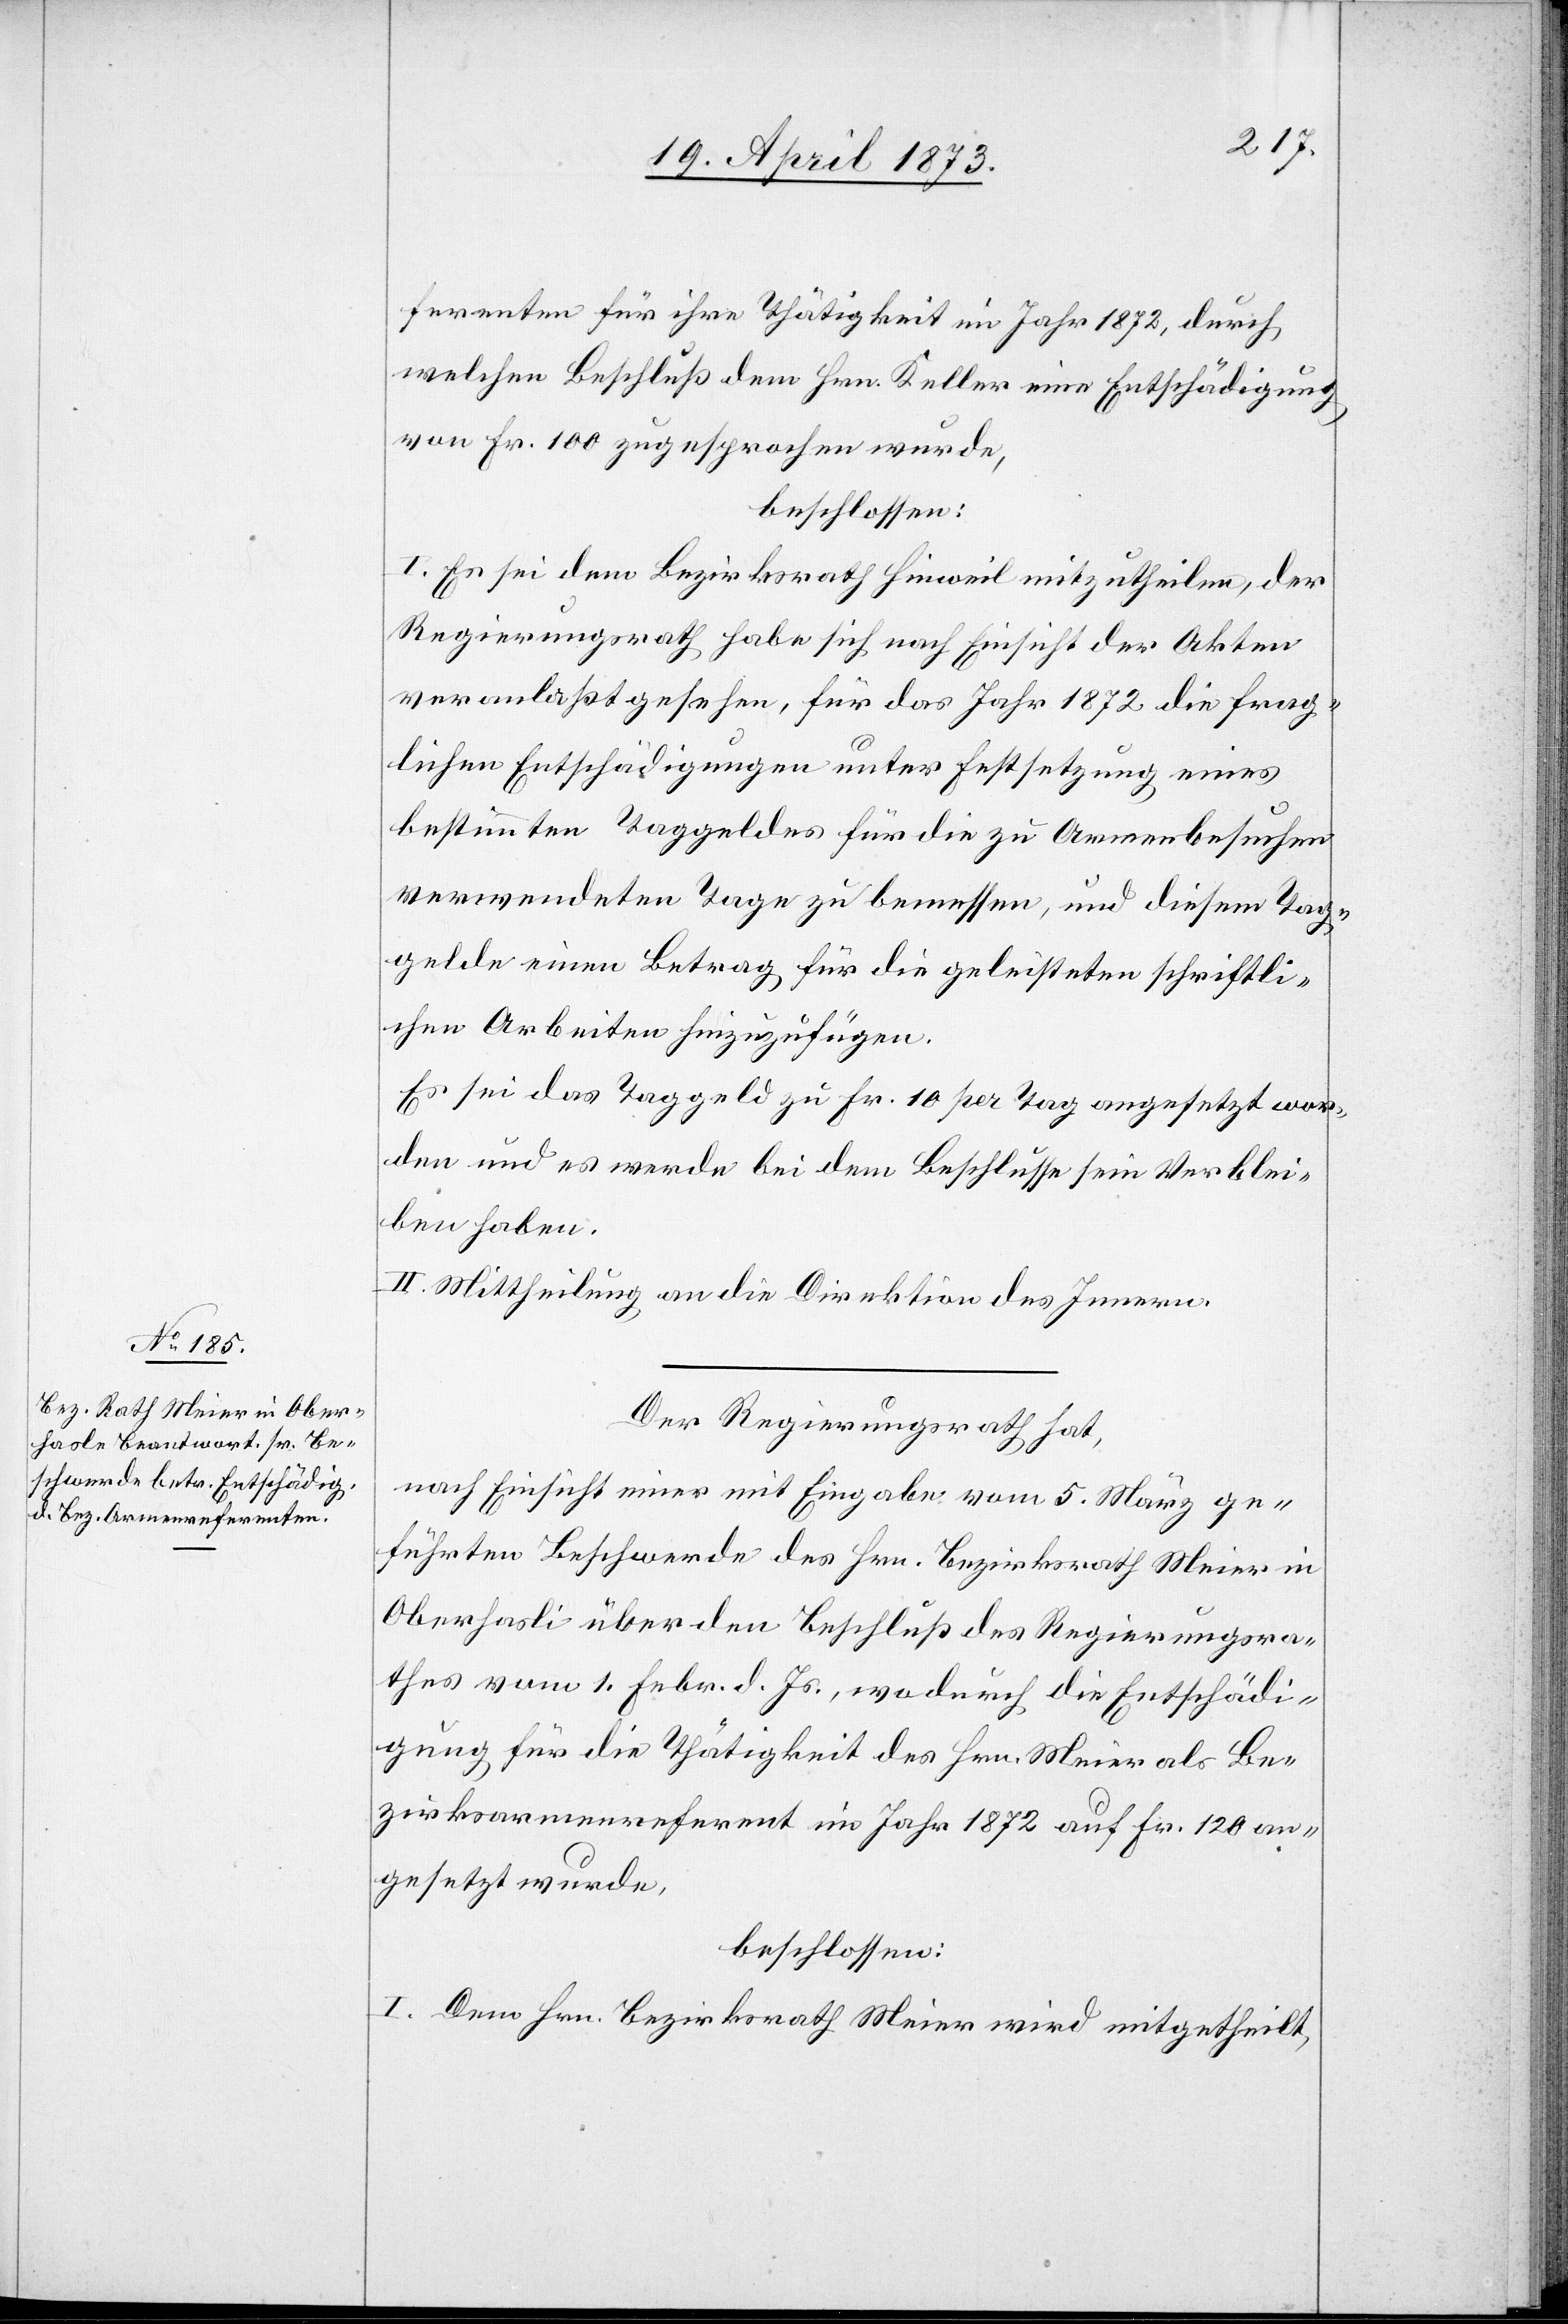
ferenten für ihre Thätigkeit im Jahr 1872, durch
welchen Beschluß dem Hrn. Keller eine Entschädigung
von Fr. 100 zugesprochen wurde,
beschlossen:
I. Es sei dem Bezirksrath Hinweil mitzutheilen, der
Regierungsrath habe sich nach Einsicht der Akten
veranlaßt gesehen, für das Jahr 1872 die frag¬
lichen Entschädigungen unter Festsetzung eines
bestimmten Taggeldes für die zu Armenbesuchen
verwendeten Tage zu bemessen, und diesem Tag¬
gelde einen Betrag für die geleisteten schriftli¬
chen Arbeiten hinzuzufügen.
Es sei das Taggeld zu Fr. 10 per Tag angesetzt wor¬
den und es werde bei dem Beschlusse sein Verblei¬
ben haben.
II. Mittheilung an die Direktion des Innern.
Der Regierungsrath hat,
nach Einsicht einer mit Eingabe vom 5. März ge¬
führten Beschwerde des Hrn. Bezirksrath Meier in
Oberhasli über den Beschluß des Regierungsra¬
thes vom 1. Febr. d. Js., wodurch die Entschädi¬
gung für die Thätigkeit des Hrn. Meier als Be¬
zirksarmenreferent im Jahr 1872 auf Fr. 120 an¬
gesetzt wurde,
beschlossen:
I. Dem Hrn. Bezirksrath Meier wird mitgetheilt,